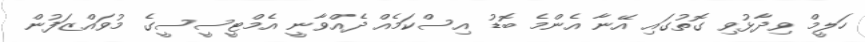
ހަލީމް ވިދާޅުވި ގޮތުގައި އޭނާ އެންމެ ބޮޑު އިސްކަމެއް ދެއްވާނީ އެމްޓީސީސީގެ މުވައްޒަފުން